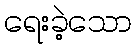
ရေးခဲ့သော